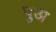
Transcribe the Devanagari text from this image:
पुअ